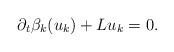
LaTeX: \begin{align*} \begin{aligned} \partial_t\beta_{k}(u_k)+Lu_k=0. \end{aligned} \end{align*}